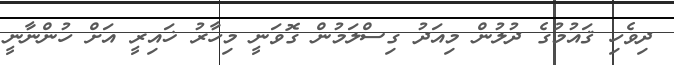
ދިވެހި ޤައުމުގެ ދުލުން މިއަދު ގިސްލަމުން ގޮވަނީ މިހާރު ޚައިރީ އަށް ހުންނާނީ